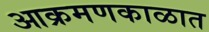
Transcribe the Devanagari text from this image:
आक्रमणकाळात